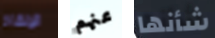
الإنقاذ عنهم شأنها